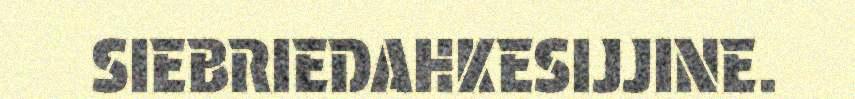
SIEBRIEDAHKESIJJINE.